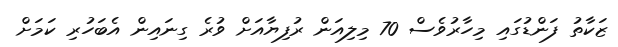
ޒަކާތު ފަންޑުގައި މިހާރުވެސް 70 މިލިއަން ރުފިޔާއަށް ވުރެ ގިނައިން އެބަހުރި ކަމަށް